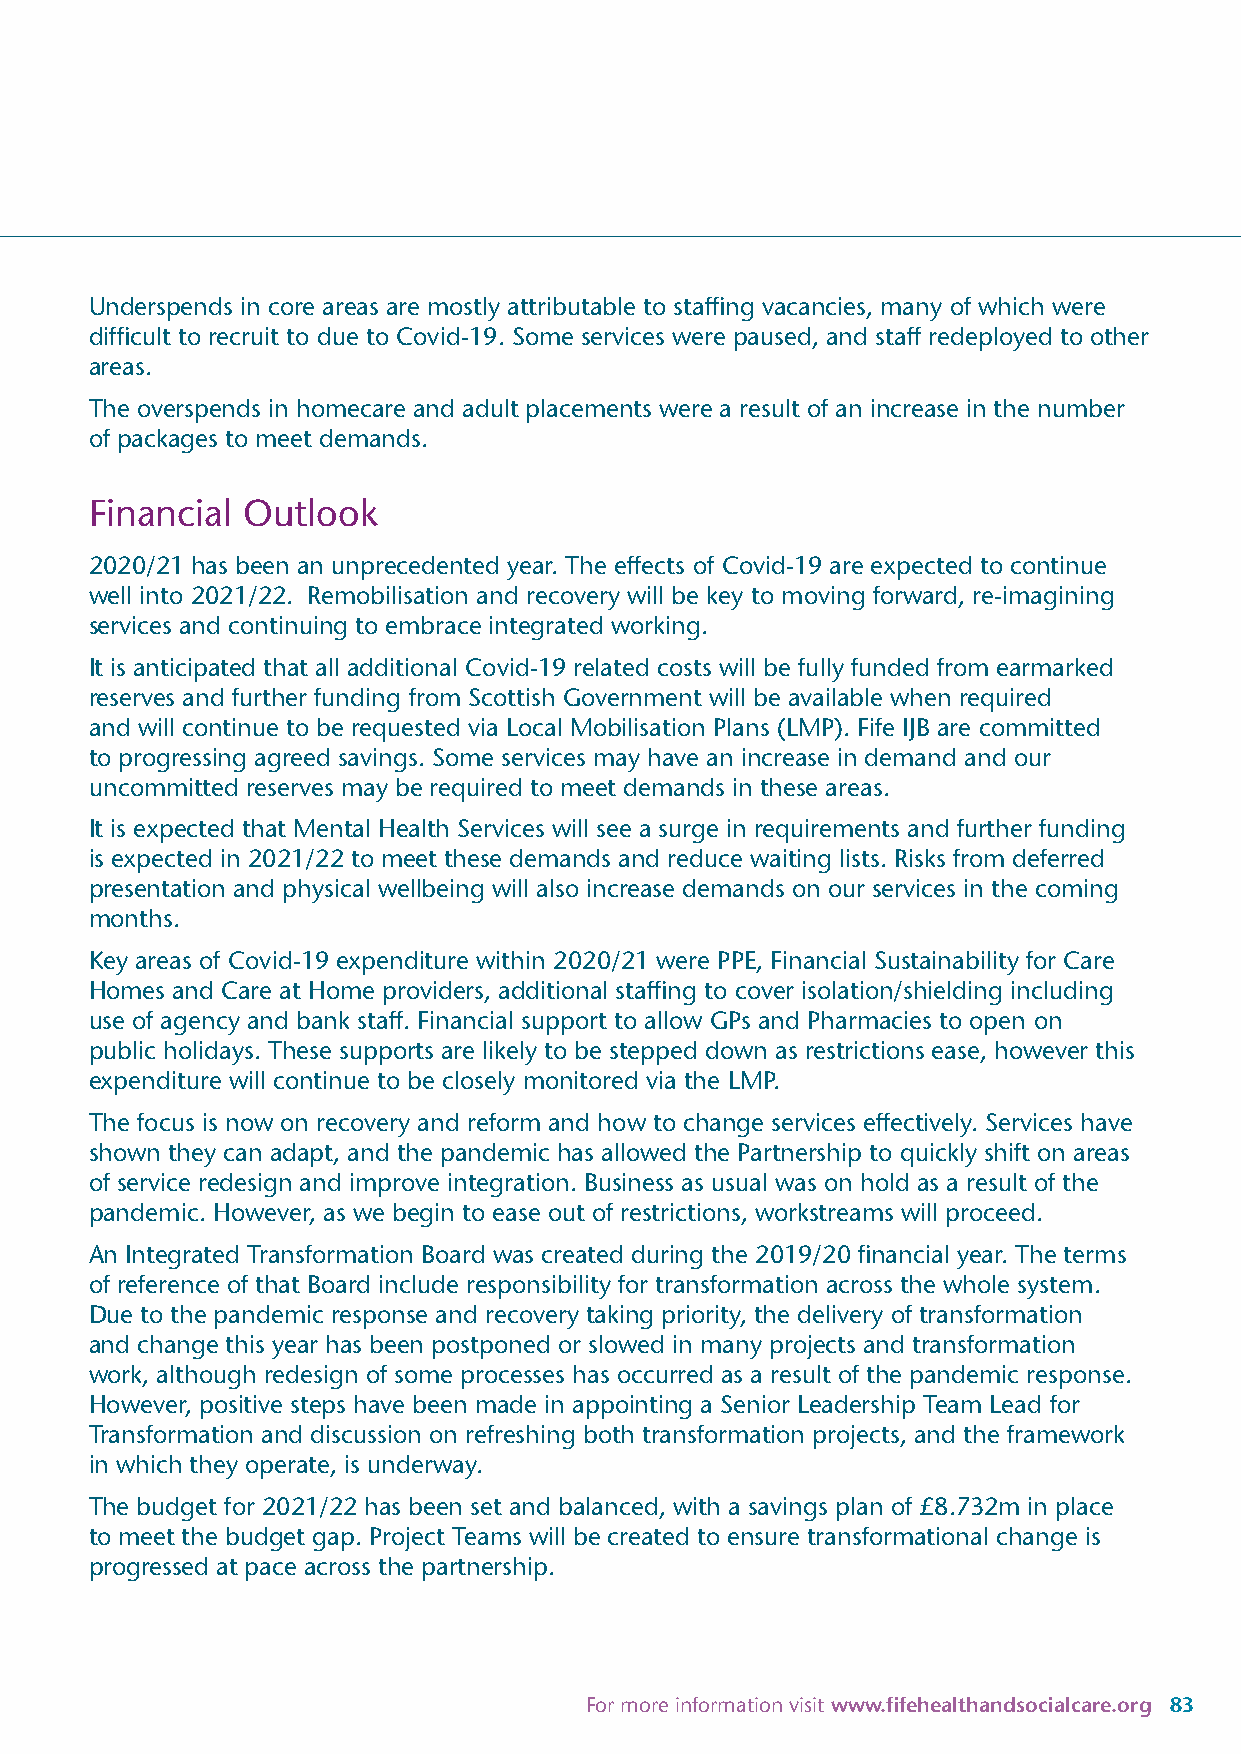
Underspends in core areas are mostly attributable to staffing vacancies, many of which were
 difficult to recruit to due to Covid-19. Some services were paused, and staff redeployed to other
 areas.
 The overspends in homecare and adult placements were a result of an increase in the number
 of packages to meet demands.
 Financial Outlook
 2020/21 has been an unprecedented year. The effects of Covid-19 are expected to continue
 well into 2021/22. Remobilisation and recovery will be key to moving forward, re-imagining
 services and continuing to embrace integrated working.
 It is anticipated that all additional Covid-19 related costs will be fully funded from earmarked
 reserves and further funding from Scottish Government will be available when required
 and will continue to be requested via Local Mobilisation Plans (LMP). Fife IJB are committed
 to progressing agreed savings. Some services may have an increase in demand and our
 uncommitted reserves may be required to meet demands in these areas.
 It is expected that Mental Health Services will see a surge in requirements and further funding
 is expected in 2021/22 to meet these demands and reduce waiting lists. Risks from deferred
 presentation and physical wellbeing will also increase demands on our services in the coming
 months.
 Key areas of Covid-19 expenditure within 2020/21 were PPE, Financial Sustainability for Care
 Homes and Care at Home providers, additional staffing to cover isolation/shielding including
 use of agency and bank staff. Financial support to allow GPs and Pharmacies to open on
 public holidays. These supports are likely to be stepped down as restrictions ease, however this
 expenditure will continue to be closely monitored via the LMP.
 The focus is now on recovery and reform and how to change services effectively. Services have
 shown they can adapt, and the pandemic has allowed the Partnership to quickly shift on areas
 of service redesign and improve integration. Business as usual was on hold as a result of the
 pandemic. However, as we begin to ease out of restrictions, workstreams will proceed.
 An Integrated Transformation Board was created during the 2019/20 financial year. The terms
 of reference of that Board include responsibility for transformation across the whole system.
 Due to the pandemic response and recovery taking priority, the delivery of transformation
 and change this year has been postponed or slowed in many projects and transformation
 work, although redesign of some processes has occurred as a result of the pandemic response.
 However, positive steps have been made in appointing a Senior Leadership Team Lead for
 Transformation and discussion on refreshing both transformation projects, and the framework
 in which they operate, is underway.
 The budget for 2021/22 has been set and balanced, with a savings plan of £8.732m in place
 to meet the budget gap. Project Teams will be created to ensure transformational change is
 progressed at pace across the partnership.
 For more information visit www.fifehealthandsocialcare.org 83